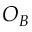
O _ { B }